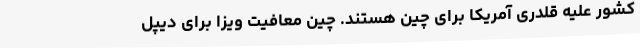
کشور علیه قلدری آمریکا برای چین هستند. چین معافیت‌ ویزا برای دیپل